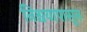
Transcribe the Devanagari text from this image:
निश्चयापासून